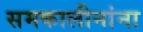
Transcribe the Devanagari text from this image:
समकालीनांना